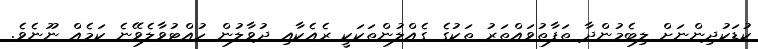
ކުޑަކުދިންނަށް ލިބެމުންދާ ތަފާތުވައްތަރު ތަކުގެ ގެއްލުންތަކަކީ ރެއެކާއި ދުވާލުން ހުއްޓުވާލެވޭނެ ކަމެއް ނޫނެވެ.